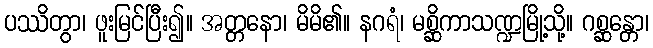
ပဿိတွာ၊ ဖူးမြင်ပြီး၍။ အတ္တနော၊ မိမိ၏။ နဂရံ၊ မစ္ဆိကာသဏ္ဍမြို့သို့။ ဂစ္ဆန္တော၊